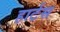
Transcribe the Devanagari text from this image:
हार्टस